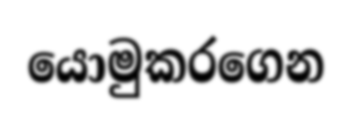
යොමුකරගෙන